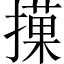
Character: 𢵵